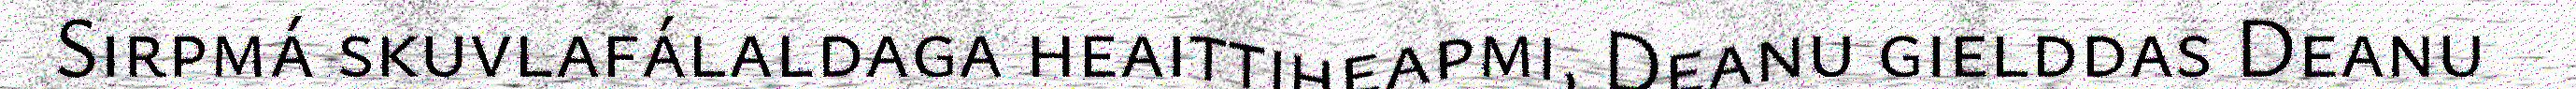
Sirpmá skuvlafálaldaga heaittiheapmi, Deanu gielddas Deanu